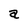
Character: a